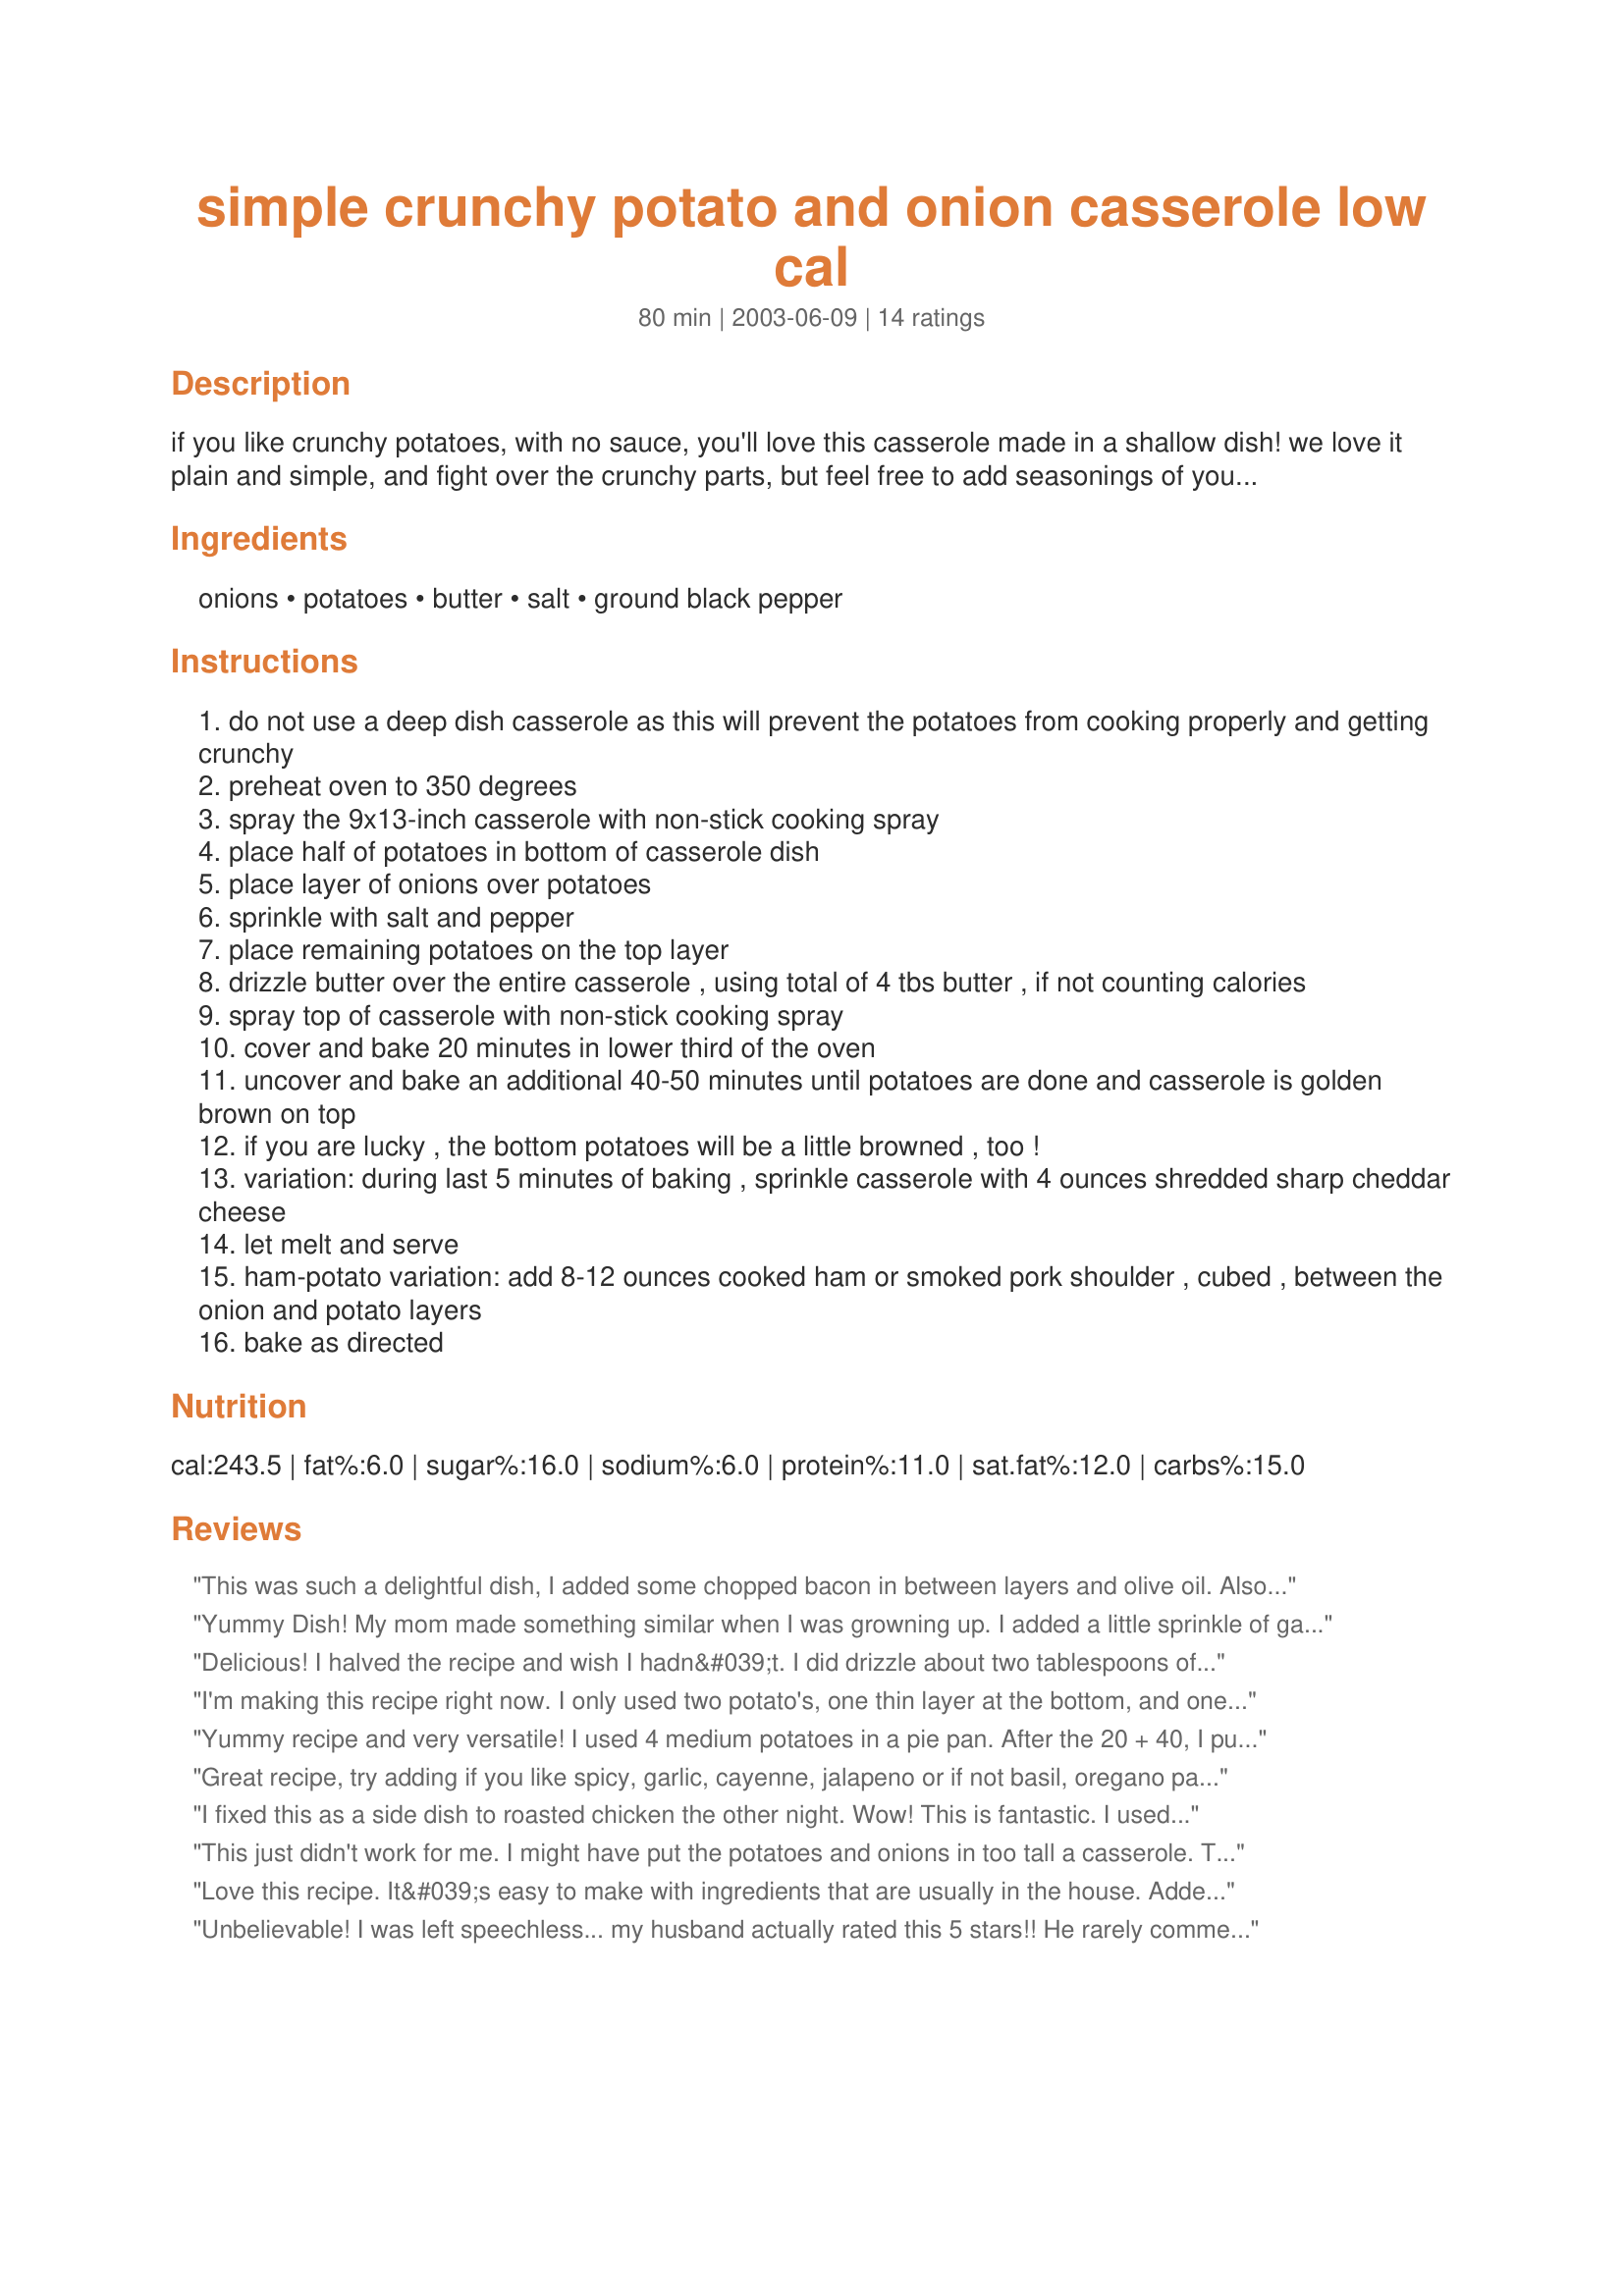
simple crunchy potato and onion casserole low cal
Preparation time: 80 minutes

if you like crunchy potatoes, with no sauce, you'll love this casserole made in a shallow dish! we love it plain and simple, and fight over the crunchy parts, but feel free to add seasonings of your choice. if calories are no object, top the casserole with shredded cheese (or sour cream) and sprinkle with real cooked bacon pieces.

Ingredients:
onions, potatoes, butter, salt, ground black pepper

Steps:
do not use a deep dish casserole as this will prevent the potatoes from cooking properly and getting crunchy
preheat oven to 350 degrees
spray the 9x13-inch casserole with non-stick cooking spray
place half of potatoes in bottom of casserole dish
place layer of onions over potatoes
sprinkle with salt and pepper
place remaining potatoes on the top layer
drizzle butter over the entire casserole , using total of 4 tbs butter , if not counting calories
spray top of casserole with non-stick cooking spray
cover and bake 20 minutes in lower third of the oven
uncover and bake an additional 40-50 minutes until potatoes are done and casserole is golden brown on top
if you are lucky , the bottom potatoes will be a little browned , too !
variation: during last 5 minutes of baking , sprinkle casserole with 4 ounces shredded sharp cheddar cheese
let melt and serve
ham-potato variation: add 8-12 ounces cooked ham or smoked pork shoulder , cubed , between the onion and potato layers
bake as directed

Reviews:
This was such a delightful dish, I added some chopped bacon in between layers and olive oil. Also I have done it where I used salted cod on each layer with pitted chopped olives. If u decide to use the salted cod u will need to soak it to take some of the salt out and shred after and layer.Taste the cod if still to salty boil for a couple mins drain and shred.Enjoy thanks for the original recipe.
Yummy Dish! My mom made something similar when I was growning up. I added a little sprinkle of garlic to the potato layers. Delish!!
Delicious! I halved the recipe and wish I hadn&#039;t. I did drizzle about two tablespoons of butter on them and let them bake a little longer. These smell so good while baking. Thanks for sharing the keeper recipe.
I'm making this recipe right now. I only used two potato's, one thin layer at the bottom, and one on top. And I only had half of a large onion available, so I diced it and used it for the middle layer. I also drizzled much more butter than recommended, four times as much total, a couple tbsp on each layer. Also several seasonings were added, parsley, sage, etc. Also a little bit of cheese was added in between the layers. I also topped the whole dish with parmesan and more cooking oil/spray while it was in the oven. It's passed the first 20 minutes covered, and is now finishing it's 40 minutes uncovered. I sliced the potatoes very thin, and only did layered them thinly... so I expect the cooking time to be less. But we'll see. i also added a generous amount of Louisiana hot sauce on each layer. I'll post this after the dish is ready and has been tasted so I can add a final review at the end...<br/><br/>This dish turned out great. In fact, I didn't have time to post, because I was busy preparing a second round. Yes, we actually finished the whole first dish, and went right back and made a second one. Which is all gone now. We decided against the third round, considering it's past mid night. I was very liberal with the hot sauce, and everything was delicious. I have many more potatoes and will be making this recipe again tomorrow, with some more enhancements, of course. <br/><br/>Thanks!
Yummy recipe and very versatile! I used 4 medium potatoes in a pie pan. After the 20 + 40, I put it under the broiler to get them crispy. I think I will add garlic next time and also cheese, too. Thanks, BeachGirl! Made for Aus/NZ Recipe Swap #14
Great recipe, try adding if you like spicy, garlic, cayenne, jalapeno or if not basil, oregano parsley. Can microwave leftovers for late nite munchies, won't be crisp but will be really good. One of the easiest and best great recipes I have found. A five star indeed. Thank you, Beachgirl
I fixed this as a side dish to roasted chicken the other night. Wow! This is fantastic. I used red skinned potatoes, but I left the skin on and I used a mandolin to slice the potatoes and the onions super thin. If you make this as written it comes out fabulous. The only thing I did different was to up the temp on the oven to 400 for the last 10 minutes. They came out crispy and yummy. My father said they were the best potatoes he has eaten and he is a mashed potatoes lover. Thanks for posting. I will make these again and again!!
This just didn't work for me. I might have put the potatoes and onions in too tall a casserole. The potatoes didn't cook and had to be put back in the oven for an additional 30 minutes.
Love this recipe. It&#039;s easy to make with ingredients that are usually in the house. Added some cheese to it:). Very delicious!
Unbelievable! I was left speechless... my husband actually rated this 5 stars!! He rarely comments on dinner and is extremely stingy with his stars. He insists 5 stars should be saved for something REALLY special. This was so easy to put together and everyone loved it. The onions and potatoes were nicely cooked and the crispy edges were delicious. I wouldn't add a thing! The salt, pepper, butter and onion perfectly flavored these potatoes. No leftovers here!
my husband and I loved this! Not only because it was so tasty but because it was versatile! The next morning we fried it up and added eggs for a super yummy breakfast! With only the two of us we eat a lot of leftovers which can get really boring.
What an amazing recipe. So simple a child could do it, and yet it tastes absolutely divine.<br/>I can't recommend this highly enough. The only problem with it is that you will never have any leftovers!
his was very tasty and quick too! Added some thyme
Don't be fooled by the simplicity of this recipe. I passed it by a couple of times, but when I did make it, it was fabulous! I added some dried garlic in between layers, and used red onions, and of course, I added the cheddar...but I am thinking parmesan might be even better. Give it a try -- you probably already have all the ingredients!
